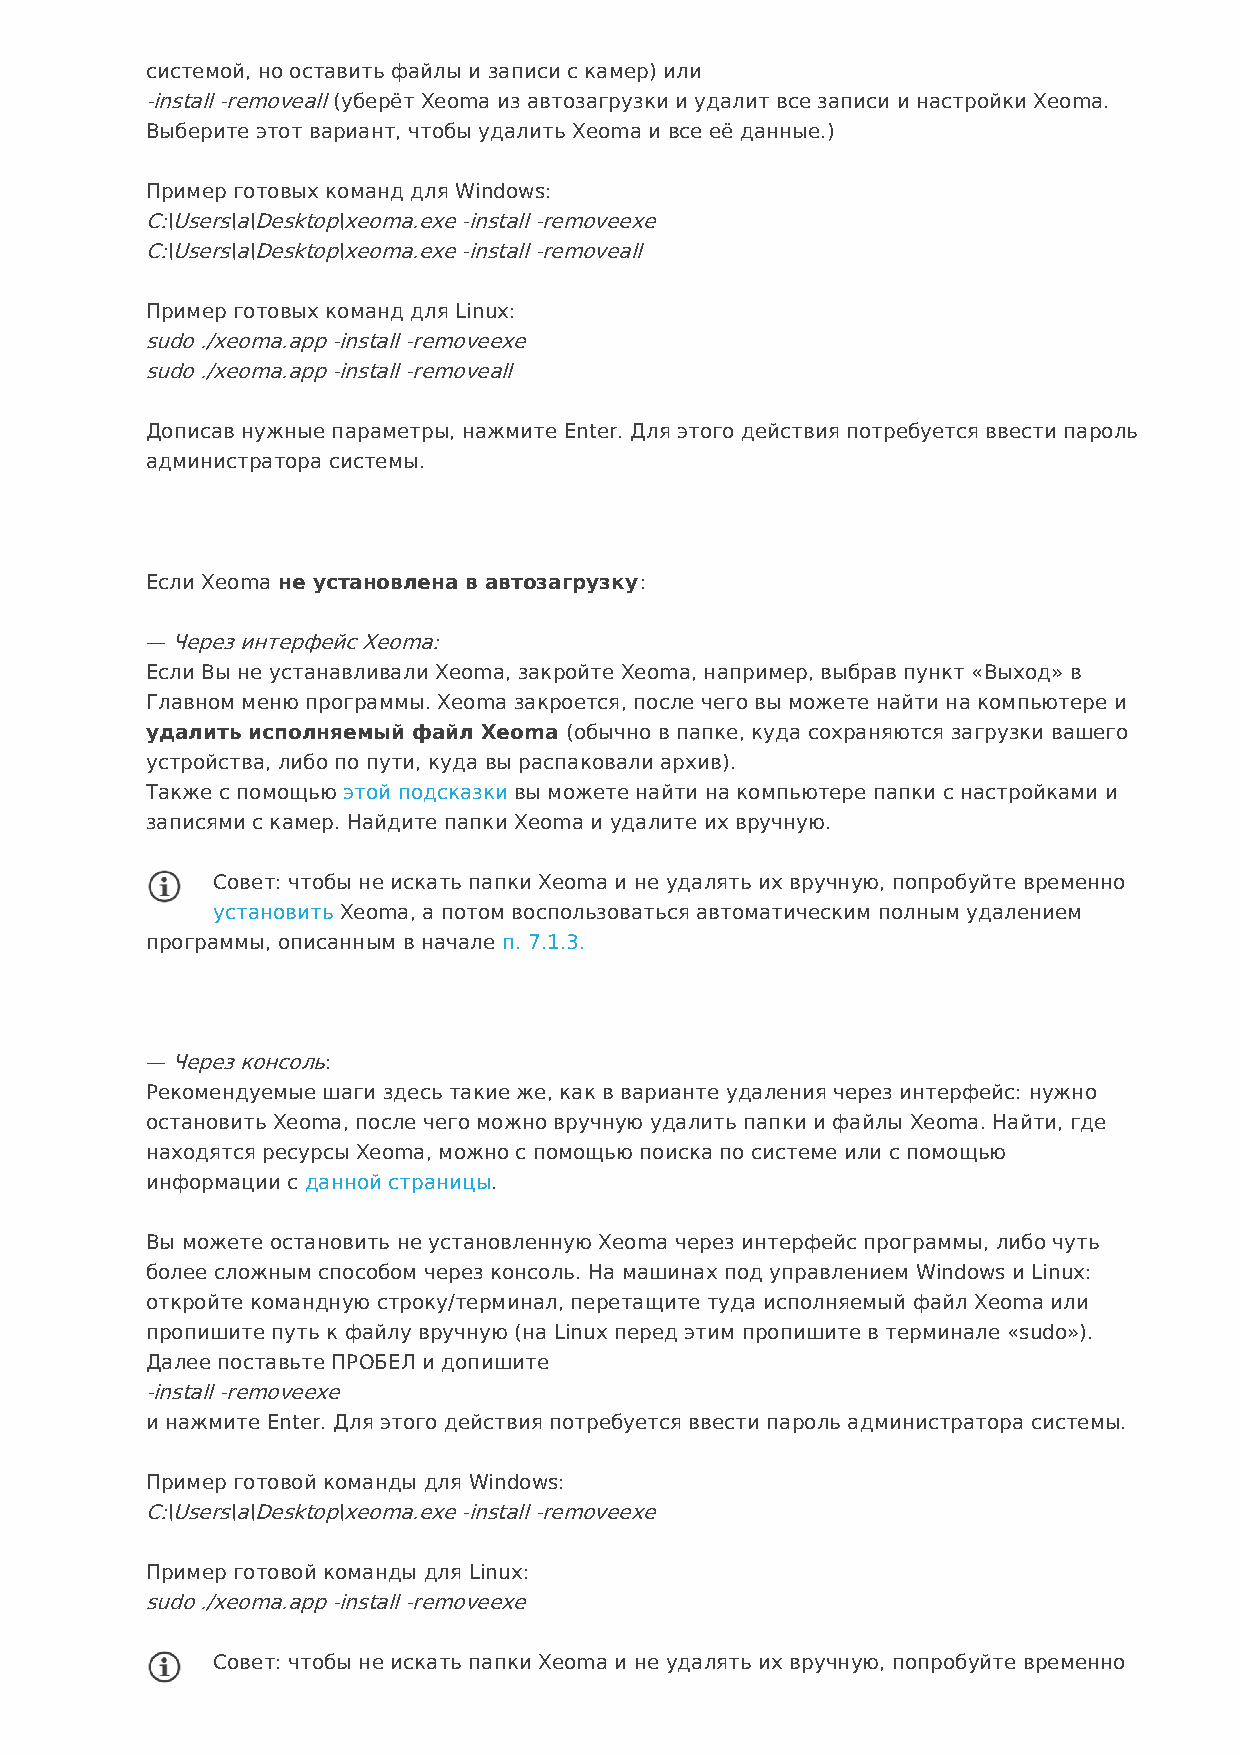
системой, но оставить файлы и записи с камер) или
 -install -removeall (уберёт Xeoma из автозагрузки и удалит все записи и настройки Xeoma.
 Выберите этот вариант, чтобы удалить Xeoma и все её данные.)
 Пример готовых команд для Windows:
 C:\Users\a\Desktop\xeoma.exe -install -removeexe
 C:\Users\a\Desktop\xeoma.exe -install -removeall
 Пример готовых команд для Linux:
 sudo ./xeoma.app -install -removeexe
 sudo ./xeoma.app -install -removeall
 Дописав нужные параметры, нажмите Enter. Для этого действия потребуется ввести пароль
 администратора системы.
 Если Xeoma не установлена в автозагрузку:
 — Через интерфейс Xeoma:
 Если Вы не устанавливали Xeoma, закройте Xeoma, например, выбрав пункт «Выход» в
 Главном меню программы. Xeoma закроется, после чего вы можете найти на компьютере и
 удалить исполняемый файл Xeoma (обычно в папке, куда сохраняются загрузки вашего
 устройства, либо по пути, куда вы распаковали архив).
 Также с помощью этой подсказки вы можете найти на компьютере папки с настройками и
 записями с камер. Найдите папки Xeoma и удалите их вручную.
 Совет: чтобы не искать папки Xeoma и не удалять их вручную, попробуйте временно
 установить Xeoma, а потом воспользоваться автоматическим полным удалением
 программы, описанным в начале п. 7.1.3.
 — Через консоль:
 Рекомендуемые шаги здесь такие же, как в варианте удаления через интерфейс: нужно
 остановить Xeoma, после чего можно вручную удалить папки и файлы Xeoma. Найти, где
 находятся ресурсы Xeoma, можно с помощью поиска по системе или с помощью
 информации с данной страницы.
 Вы можете остановить не установленную Xeoma через интерфейс программы, либо чуть
 более сложным способом через консоль. На машинах под управлением Windows и Linux:
 откройте командную строку/терминал, перетащите туда исполняемый файл Xeoma или
 пропишите путь к файлу вручную (на Linux перед этим пропишите в терминале «sudo»).
 Далее поставьте ПРОБЕЛ и допишите
 -install -removeexe
 и нажмите Enter. Для этого действия потребуется ввести пароль администратора системы.
 Пример готовой команды для Windows:
 C:\Users\a\Desktop\xeoma.exe -install -removeexe
 Пример готовой команды для Linux:
 sudo ./xeoma.app -install -removeexe
 Совет: чтобы не искать папки Xeoma и не удалять их вручную, попробуйте временно